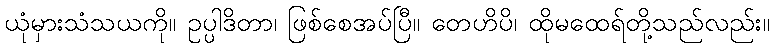
ယုံမှားသံသယကို။ ဥပ္ပါဒိတာ၊ ဖြစ်စေအပ်ပြီ။ တေဟိပိ၊ ထိုမထေရ်တို့သည်လည်း။